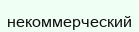
некоммерческий